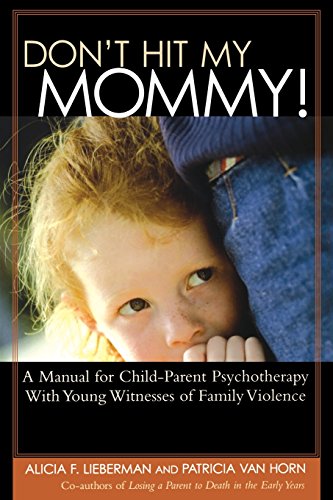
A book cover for Don't Hit My Mommy; Alicia Lieberman; Health, Fitness & Dieting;